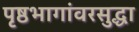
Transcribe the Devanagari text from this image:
पृष्ठभागांवरसुद्धा